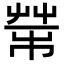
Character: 𦮅